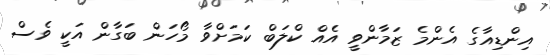
އިންޑިއާގެ އެންމެ ޒަމާންވީ އެއް ކްލަބް ކަމަށްވާ މޯހަން ބަގާން އަކީ ވެސް